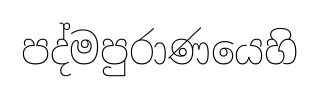
පද්මපුරාණයෙහි